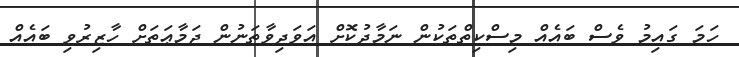
ހަމަ ގައިމު ވެސް ބައެއް މިސްކިތްތަކުން ނަމާދުކޮށް އަވަދިވާތަނުން ޖަމާޢަތަށް ހާޒިރުވި ބައެއް